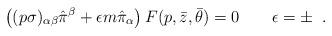
LaTeX: \begin{align*}\left((p\sigma)_{\alpha\beta}\hat{\pi}^\beta+\epsilon m\hat{\pi}_\alpha\right)F(p,\bar{z},\bar\theta)=0\qquad\epsilon=\pm\;\;.\end{align*}